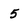
Character: 5